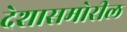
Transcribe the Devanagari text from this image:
देशासमोरील